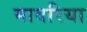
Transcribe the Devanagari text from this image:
मावरिया